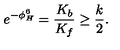
e ^ { - \phi _ { H } ^ { 6 } } = { \frac { K _ { b } } { K _ { f } } } \geq { \frac { k } { 2 } } .